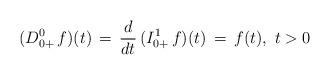
LaTeX: \begin{align*}(D^0_{0+}\, f)(t) \, = \,\frac{d}{dt}\, (I^{1}_{0+}\, f)(t)\, = \, f(t),\ t>0\end{align*}